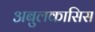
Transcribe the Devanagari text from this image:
अबुलकासिस